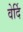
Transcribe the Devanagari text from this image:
वेर्दि